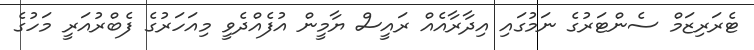
ޓެރަރިޒަމް ސެންޓަރުގެ ނަމުގައި އިދާރާއެއް ރައީސް ޔާމީން އުފެއްދެވީ މިއަހަރުގެ ފެބްރުއަރީ މަހުގެ